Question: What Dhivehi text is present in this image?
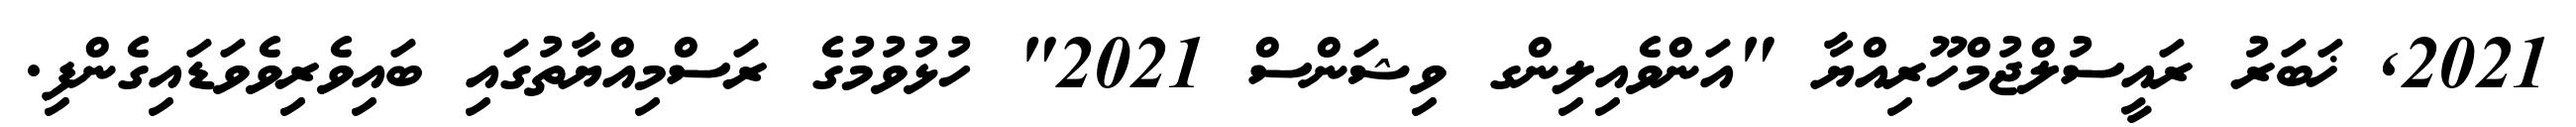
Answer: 2021, ޚަބަރު ރައީސުލްޖުމްހޫރިއްޔާ "އަންވެއިލިންގ ވިޝަންސް 2021" ހުޅުވުމުގެ ރަސްމިއްޔާތުގައި ބައިވެރިވެވަޑައިގެންފި.